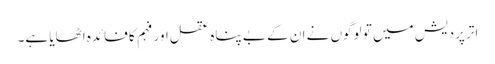
اتر پردیش میں تو لوگوں نے ان کے بے پناہ عقل اور فہم کا فائدہ اٹھایا ہے۔